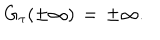
LaTeX: G _ { \tau } ( \pm \infty ) \, = \, \pm \infty .